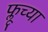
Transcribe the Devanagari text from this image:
फ्लूच्या